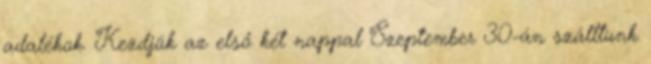
adalékok. Kezdjük az első két nappal Szeptember 30-án szálltunk